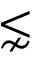
\lnsim